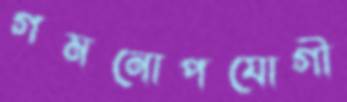
গমনোপযোগী